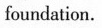
foundation.